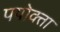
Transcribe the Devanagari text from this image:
पयोक्ता